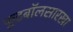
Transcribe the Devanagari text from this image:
फूटबॉलसारखा